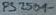
Text: PS2501